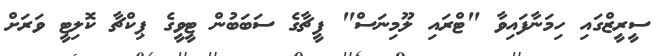
ސީރީޒްގައި ހިމަނާފައިވާ "ޓްރައި ލޫމިނަސް" ފީޗާގެ ސަބަބުން ޓީވީގެ ޕިކްޗާ ކޮލިޓީ ވަރަށް